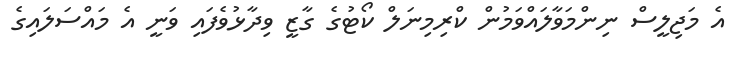
އެ މަޖިލީސް ނިންމަވާލައްވަމުން ކްރިމިނަލް ކޯޓުގެ ގާޒީ ވިދާޅުވެފައި ވަނީ އެ މައްސަލައިގެ